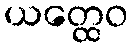
ယတ္ထေဝ